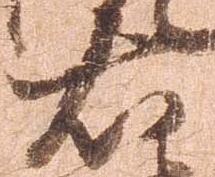
右